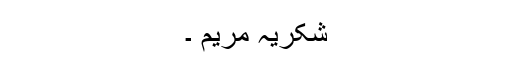
شکریہ مریم ۔